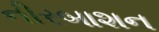
નીરબાશન